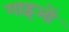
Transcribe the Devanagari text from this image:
गाइओं